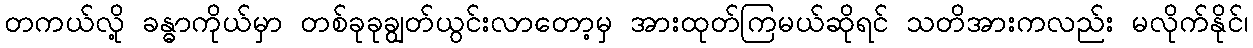
တကယ်လို့ ခန္ဓာကိုယ်မှာ တစ်ခုခုချွတ်ယွင်းလာတော့မှ အားထုတ်ကြမယ်ဆိုရင် သတိအားကလည်း မလိုက်နိုင်၊